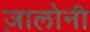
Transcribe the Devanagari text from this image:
ज़ालोनी